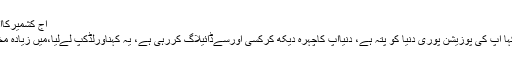
آج کشمیرکاآدھاانگ ٹوٹ چکاہے
آصف زرداری نے کہا آپ کی پوزیشن پوری دنیا کو پتہ ہے، دنیاآپ کاچہرہ دیکھ کرکسی اورسےڈائیلاگ کررہی ہے، یہ کہناورلڈکپ لےلیا،میں زیادہ مخالفت نہیں کرناچاہتا۔